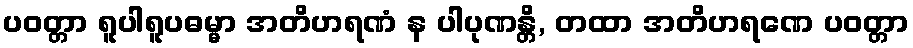
ပဝတ္တာ ရူပါရူပဓမ္မာ အတိဟရဏံ န ပါပုဏန္တိ, တထာ အတိဟရဏေ ပဝတ္တာ